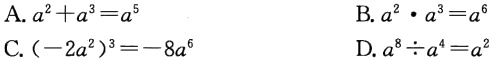
A. \(a^{2}+a^{3}=a^{5}\)

B. \(a^{2}\cdot a^{3}=a^{6}\)

C. \((-2a^{2})^{3}=-8a^{6}\)

D. \(a^{8}\div a^{4}=a^{2}\)